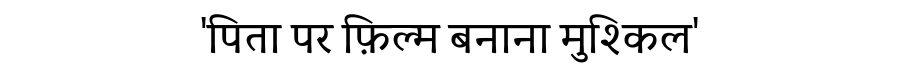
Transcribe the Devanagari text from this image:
'पिता पर फ़िल्म बनाना मुश्किल'